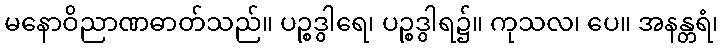
မနောဝိညာဏဓာတ်သည်။ ပဉ္စဒွါရေ၊ ပဉ္စဒွါရ၌။ ကုသလ၊ ပေ။ အနန္တရံ၊